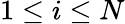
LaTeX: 1\leq i\leq N